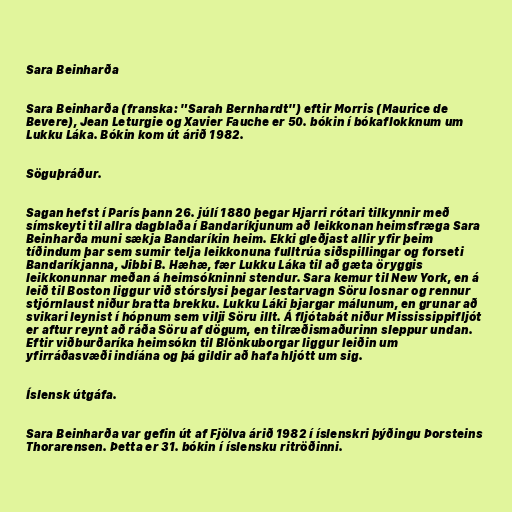
Sara Beinharða

Sara Beinharða (franska: "Sarah Bernhardt") eftir Morris (Maurice de
Bevere), Jean Leturgie og Xavier Fauche er 50. bókin í bókaflokknum um
Lukku Láka. Bókin kom út árið 1982.

Söguþráður.

Sagan hefst í París þann 26. júlí 1880 þegar Hjarri rótari tilkynnir með
símskeyti til allra dagblaða í Bandaríkjunum að leikkonan heimsfræga Sara
Beinharða muni sækja Bandaríkin heim. Ekki gleðjast allir yfir þeim
tíðindum þar sem sumir telja leikkonuna fulltrúa siðspillingar og forseti
Bandaríkjanna, Jibbi B. Hæhæ, fær Lukku Láka til að gæta öryggis
leikkonunnar meðan á heimsókninni stendur. Sara kemur til New York, en á
leið til Boston liggur við stórslysi þegar lestarvagn Söru losnar og rennur
stjórnlaust niður bratta brekku. Lukku Láki bjargar málunum, en grunar að
svikari leynist í hópnum sem vilji Söru illt. Á fljótabát niður Mississippifljót
er aftur reynt að ráða Söru af dögum, en tilræðismaðurinn sleppur undan.
Eftir viðburðaríka heimsókn til Blönkuborgar liggur leiðin um
yfirráðasvæði indíána og þá gildir að hafa hljótt um sig.

Íslensk útgáfa.

Sara Beinharða var gefin út af Fjölva árið 1982 í íslenskri þýðingu Þorsteins
Thorarensen. Þetta er 31. bókin í íslensku ritröðinni.